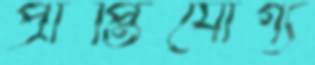
প্রাপ্তিযোগ্য